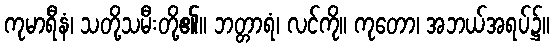
ကုမာရီနံ၊ သတို့သမီးတို့၏။ ဘတ္တာရံ၊ လင်ကို။ ကုတော၊ အဘယ်အရပ်၌။